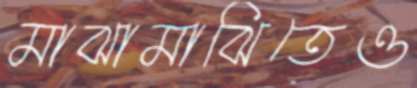
মাঝামাঝিতেও